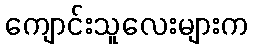
ကျောင်းသူလေးများက